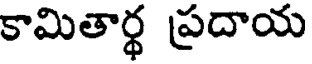
కామితార్థ ప్రదాయ